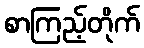
စာကြည့်တိုက်